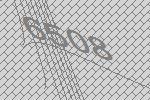
6508